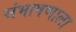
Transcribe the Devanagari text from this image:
संभाषणाला